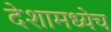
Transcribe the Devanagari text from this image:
देशामध्येच